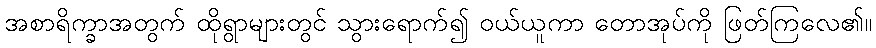
အစာရိက္ခာအတွက် ထိုရွာများတွင် သွားရောက်၍ ဝယ်ယူကာ တောအုပ်ကို ဖြတ်ကြလေ၏။